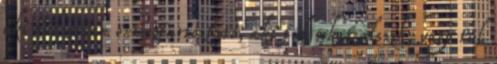
aki túlzottan önmegtartóztató, aki túl sokat alszik, vagy túl